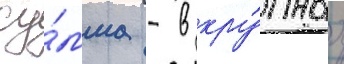
су́мма - в кру́пных